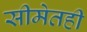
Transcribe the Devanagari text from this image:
सीमेतही